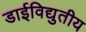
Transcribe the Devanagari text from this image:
डाईविद्युतीय